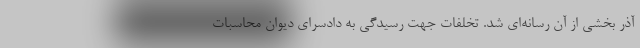
آذر بخشی از آن رسانه‌ای شد. تخلفات جهت رسیدگی به دادسرای دیوان محاسبات